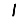
Digit: 1